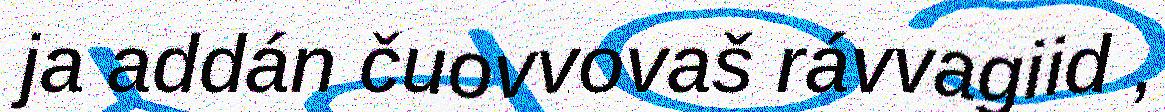
ja addán čuovvovaš rávvagiid ,